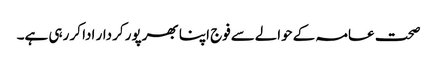
صحت عامہ کےحوالےسےفوج اپنا بھرپور کردار ادا کر رہی ہے۔